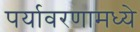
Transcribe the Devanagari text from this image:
पर्यावरणामध्ये